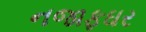
નજાફઘર